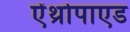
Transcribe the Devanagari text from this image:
ऐंथ्रोपाएड